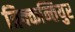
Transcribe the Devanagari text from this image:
त्रिक्कन्तियुर